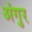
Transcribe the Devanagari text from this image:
अंगुर